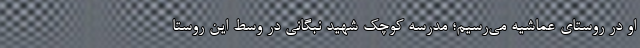
او در روستای عماشیه می‌رسیم؛ مدرسه کوچک شهید نبگانی در وسط این روستا